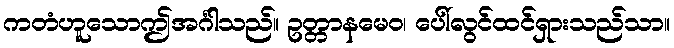
ကတံဟူသောဤအင်္ဂါသည်။ ဥတ္တာနမေဝ၊ ပေါ်လွင်ထင်ရှားသည်သာ။